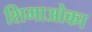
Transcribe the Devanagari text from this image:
शिमाओका